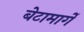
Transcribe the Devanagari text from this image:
बेटामार्गे